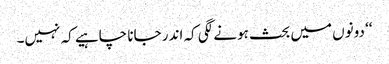
‘‘ دونوں میں بحث ہونے لگی کہ اندر جانا چاہیے کہ نہیں۔